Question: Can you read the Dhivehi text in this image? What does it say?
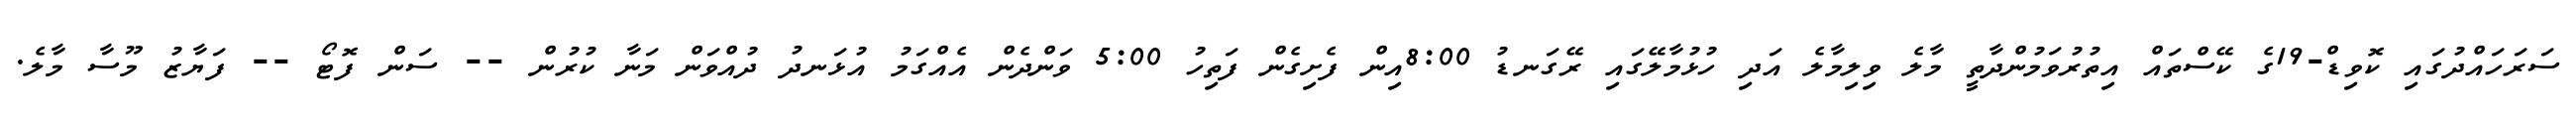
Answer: ސަރަހައްދުގައި ކޮވިޑް-19ގެ ކޭސްތައް އިތުރުވަމުންދާތީ މާލެ ވިލިމާލެ އަދި ހުޅުމާލޭގައި ރޭގަނޑު 8:00އިން ފެށިގެން ފަތިހު 5:00 ވަންދެން އެއްގަމު އުޅަނދު ދުއްވަން މަނާ ކުރުން -- ސަން ފޮޓޯ -- ފަޔާޒު މޫސާ މާލެ.